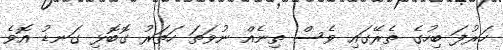
ހަރުފަ ބިހުގެ ތެރޭގައި ވެސް ތިނެއް ނުވަތަ ހަތަރު ގޮބޮޅި ގަނޑު އޮވެ